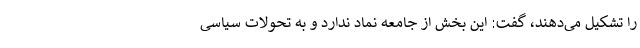
را تشکیل می‌دهند، گفت: این بخش از جامعه نماد ندارد و به تحولات سیاسی